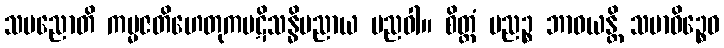
သပညောတိ ကမ္မဇတိဟေတုကပဋိသန္ဓိပညာယ ပညဝါ။ စိတ္တံ ပညဉ္စ ဘာဝယန္တိ သမာဓိဉ္စေဝ